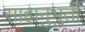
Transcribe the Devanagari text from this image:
साहानुभुती